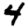
Digit: 4